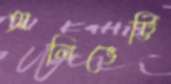
অলিভেট্টি